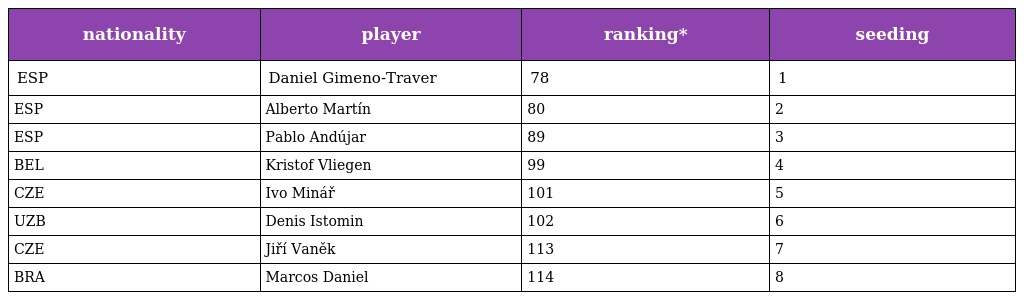
| nationality | player | ranking* | seeding |
 | --- | --- | --- | --- |
 | ESP | Daniel Gimeno-Traver | 78 | 1 |
 | ESP | Alberto Martín | 80 | 2 |
 | ESP | Pablo Andújar | 89 | 3 |
 | BEL | Kristof Vliegen | 99 | 4 |
 | CZE | Ivo Minář | 101 | 5 |
 | UZB | Denis Istomin | 102 | 6 |
 | CZE | Jiří Vaněk | 113 | 7 |
 | BRA | Marcos Daniel | 114 | 8 |